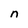
Character: n